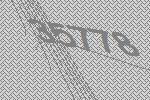
35778